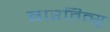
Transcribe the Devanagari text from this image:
बारतित्सू